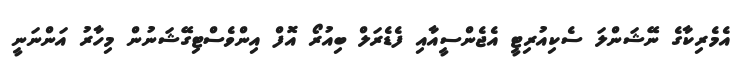
އެމެރިކާގެ ނޭޝަންލަ ސެކިއުރިޓީ އެޖެންސީއާއި ފެޑެރަލް ބިއުރޯ އޮފް އިންވެސްޓިގޭޝަނުން މިހާރު އަންނަނީ